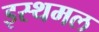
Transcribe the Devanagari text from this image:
इस्थमल